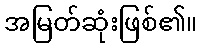
အမြတ်ဆုံးဖြစ်၏။